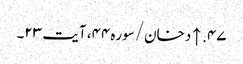
۴۷. ↑ دخان/سوره۴۴، آیت ۲۳۔